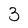
Character: 3